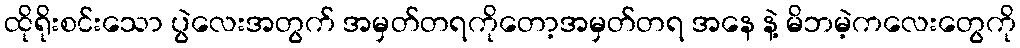
ထိုရိုးစင်းသော ပွဲလေးအတွက် အမှတ်တရကိုတော့အမှတ်တရ အနေ နဲ့ မိဘမဲ့ကလေးတွေကို